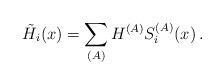
LaTeX: \begin{align*}\tilde{H_i} (x) =\sum_{(A)} H^{(A)} S_i^{(A)} (x) \, .\end{align*}